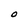
Character: 0